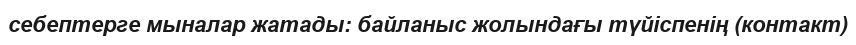
себептерге мыналар жатады: байланыс жолындағы түйіспенің (контакт)